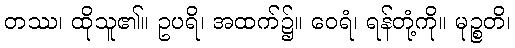
တဿ၊ ထိုသူ၏။ ဥပရိ၊ အထက်၌။ ဝေရံ၊ ရန်တုံ့ကို။ မုဉ္စတိ၊